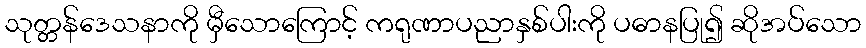
သုတ္တန်ဒေသနာကို မှီသောကြောင့် ကရုဏာပညာနှစ်ပါးကို ပဓာနပြု၍ ဆိုအပ်သော